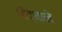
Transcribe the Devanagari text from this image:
विद्याने